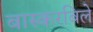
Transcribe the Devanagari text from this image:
बास्करबिले